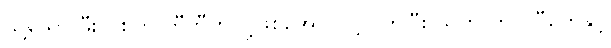
သို့သော် ဖီးလစ်က တီဘီကို ပို့ဖြစ်အောင် ပို့လိုက်ပြီး သူက ကပ္ပလီတွေနှင့်